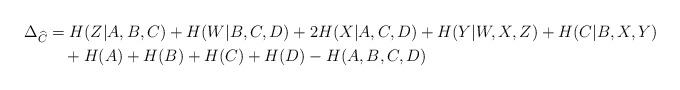
LaTeX: \begin{align*} \Delta_{\widehat{C}} &= H(Z|A,B,C) + H(W|B,C,D) + 2H(X|A,C,D) + H(Y|W,X,Z) + H(C|B,X,Y)\\ &\ \ \ + H(A) + H(B) + H(C) + H(D) - H(A,B,C,D)\end{align*}